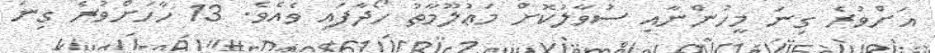
އަށްވުރެ ގިނަ މީހުންނާއި ސުވާލުކޮށް މަޢުލޫމާތު ހޯދާފައި ވެއެވެ. 13 ހާހަށްވުރެ ގިނަ